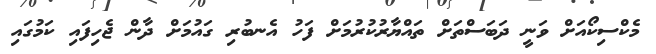
މެކްސިކޯއަށް ވަނީ ދަބަސްތަށް ތައްޔާރުކުރުމަށް ފަހު އެނބުރި ގައުމަށް ދާން ޖެހިފައި ކަމުގައި